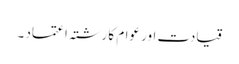
قیادت اور عوام کا رشتہ اعتماد ۔